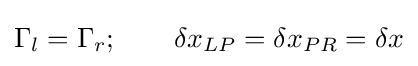
\Gamma _{l}=\Gamma _{r};\qquad \delta x_{LP}=\delta x_{PR}=\delta x